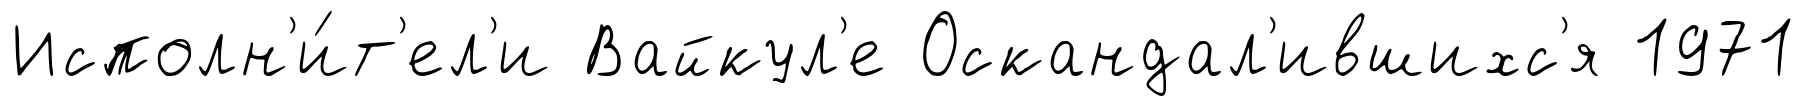
Исполн'и́т'ел'и Вайкул'е Оскандал'ившихс'я 1971